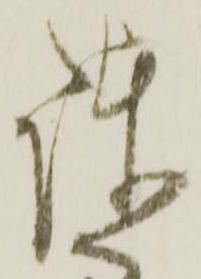
諫